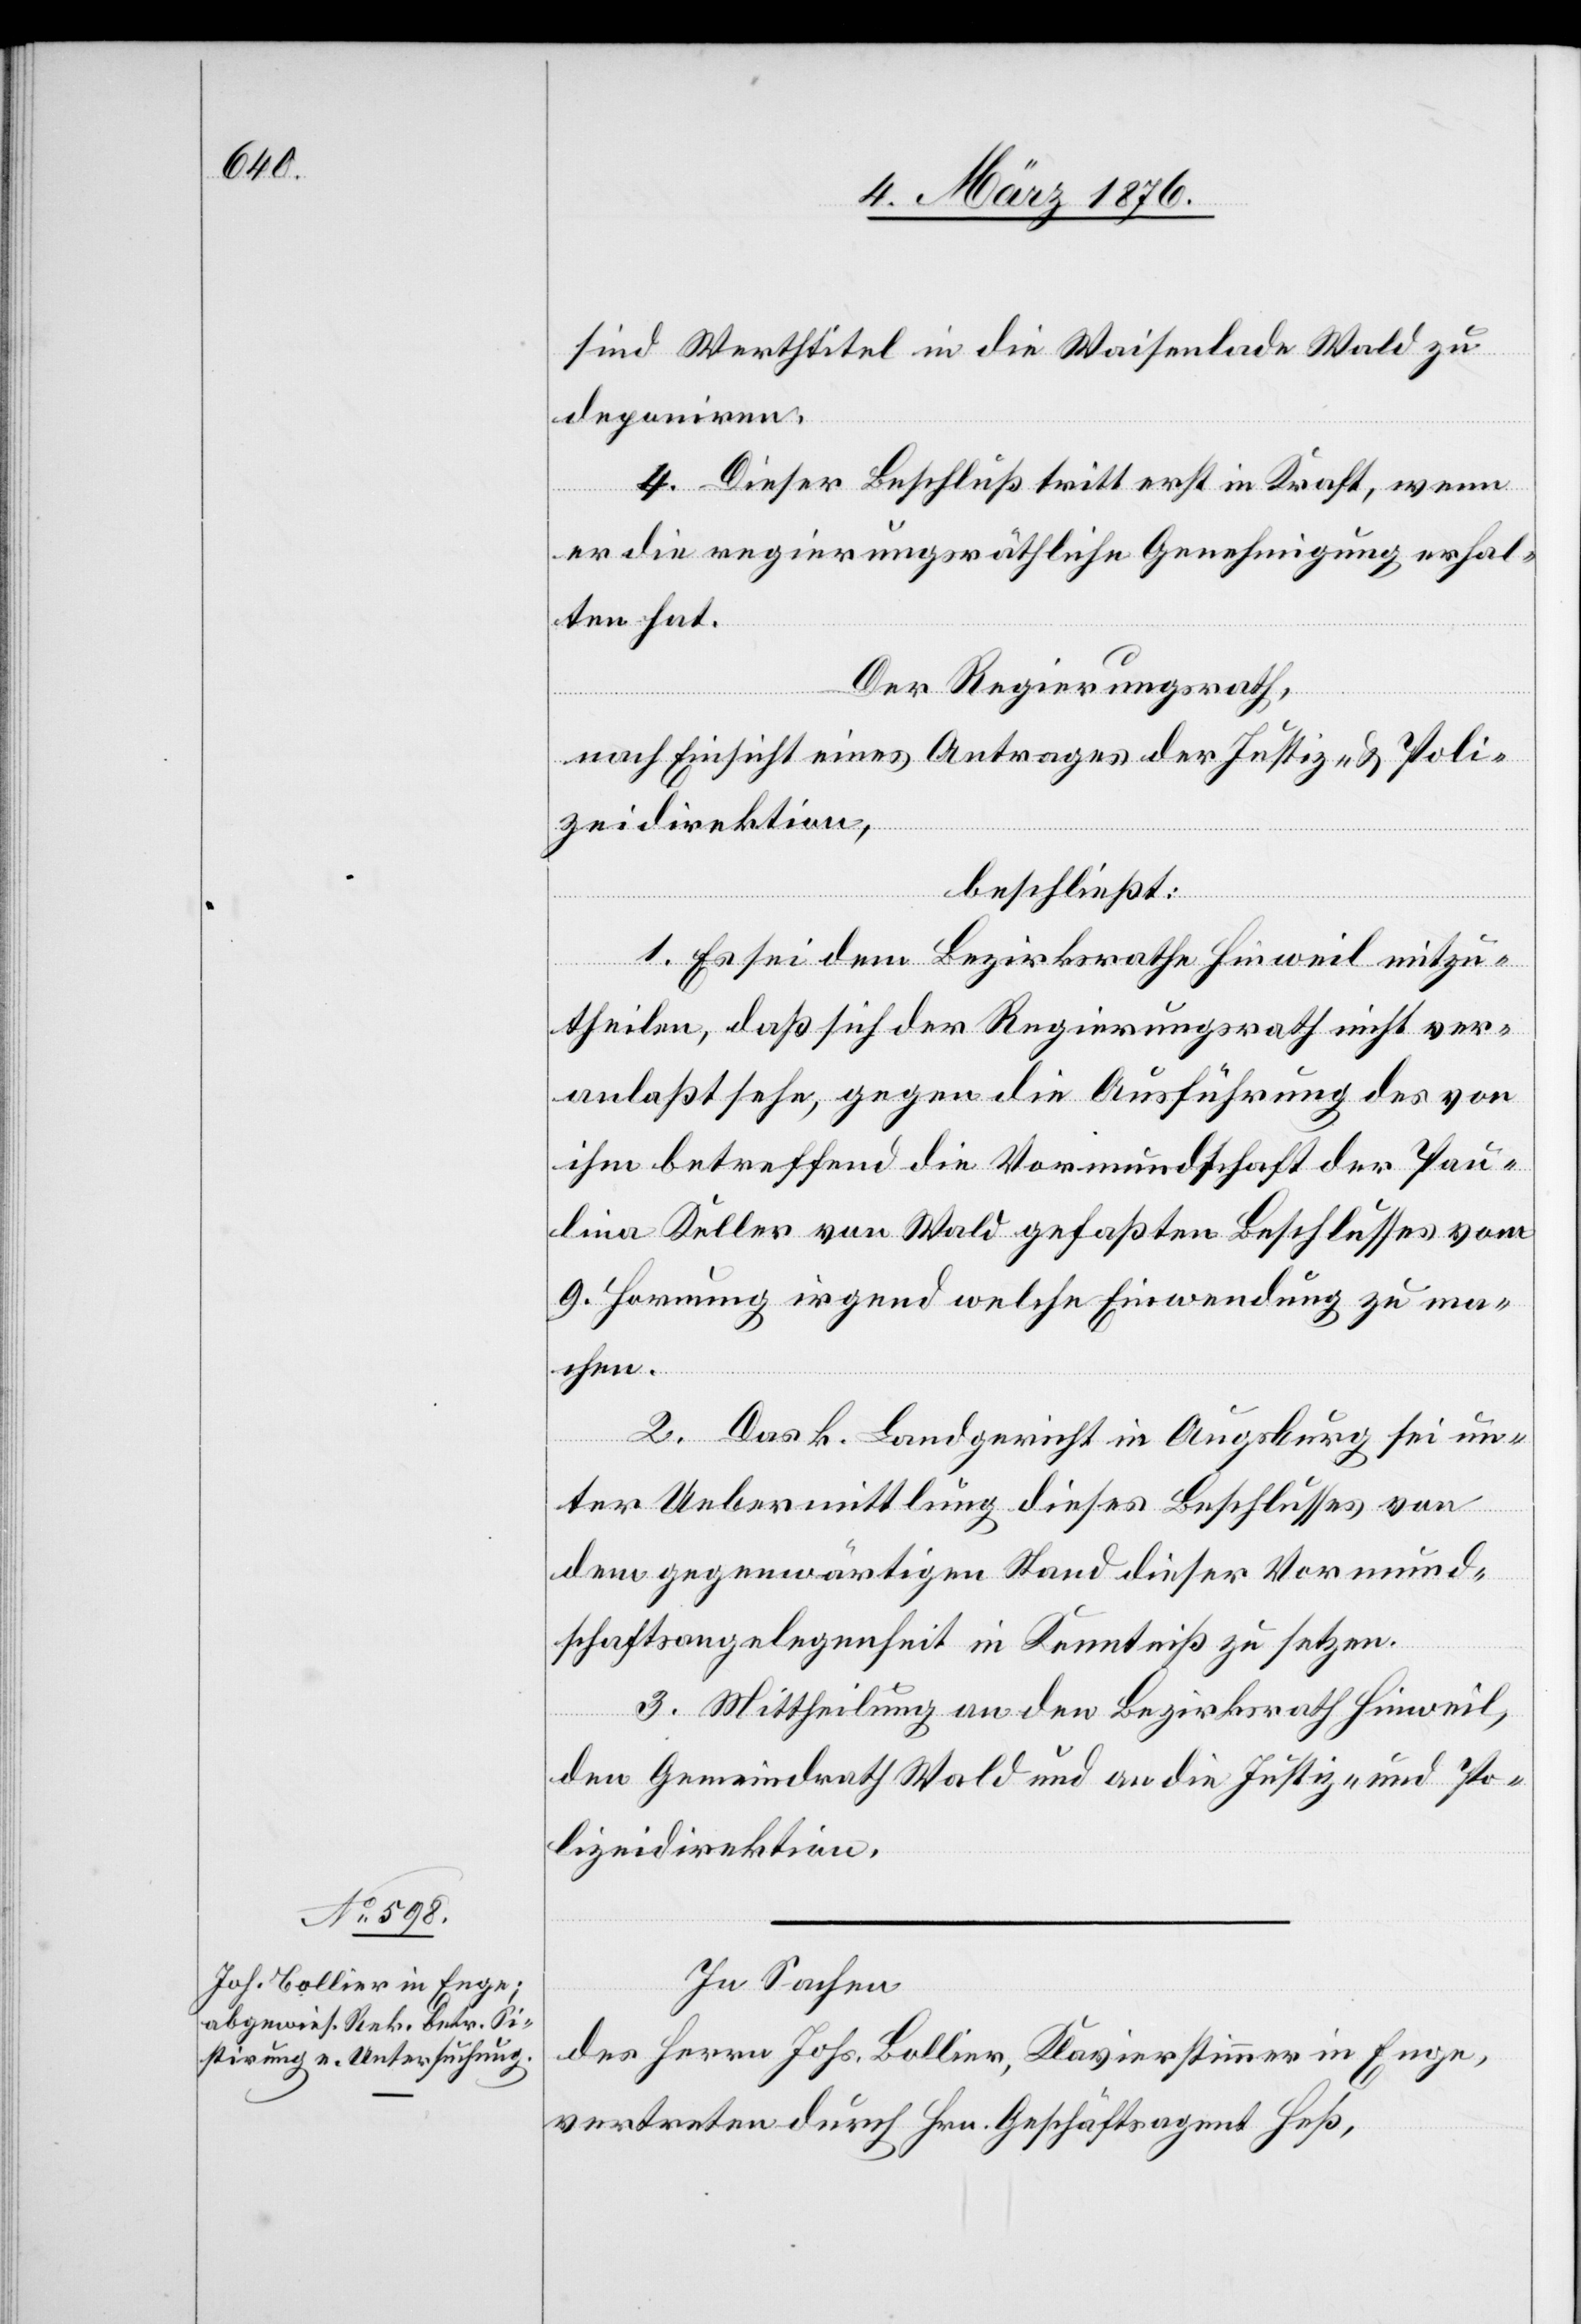
sind Werthtitel in die Wasenlade Wald zu
deponiren.
4. Dieser Beschluß tritt erst in Kraft, wenn
er die regierungsräthliche Genehmigung erhal¬
ten hat.
Der Regierungsrath,
nach Einsicht eines Antrages der Justiz- und Poli¬
zeidirektion,
beschließt:
Es sei dem Bezirksrathe Hinweil mitzu¬
theilen, daß sich der Regierungsrath nicht ver¬
anlaßt sehe, gegen die Ausführung des von
ihm betreffend die Vormundschaft der Pau¬
lina Keller von Wald gefaßten Beschlusses vom
9. Hornung irgend welche Einwendung zu ma¬
chen.
2. Das k. Landgericht in Augsburg sei un¬
ter Uebermittlung dieses Beschlusses von
dem gegenwärtigen Stand dieser Vormund¬
schaftsangelegenheit in Kenntniß zu setzen.
3. Mittheilung an den Bezirksrath Hinweil,
den Gemeindrath Wald und an die Justiz- und Po¬
lizeidirektion.
In Sachen
des Herrn Johs. Bollier, Klavierstimmer in Enge,
vertreten durch Hrn. Geschäftsagent Heß,